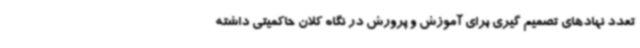
تعدد نهادهای تصمیم گیری برای آموزش و پرورش در نگاه کلان حاکمیتی داشته